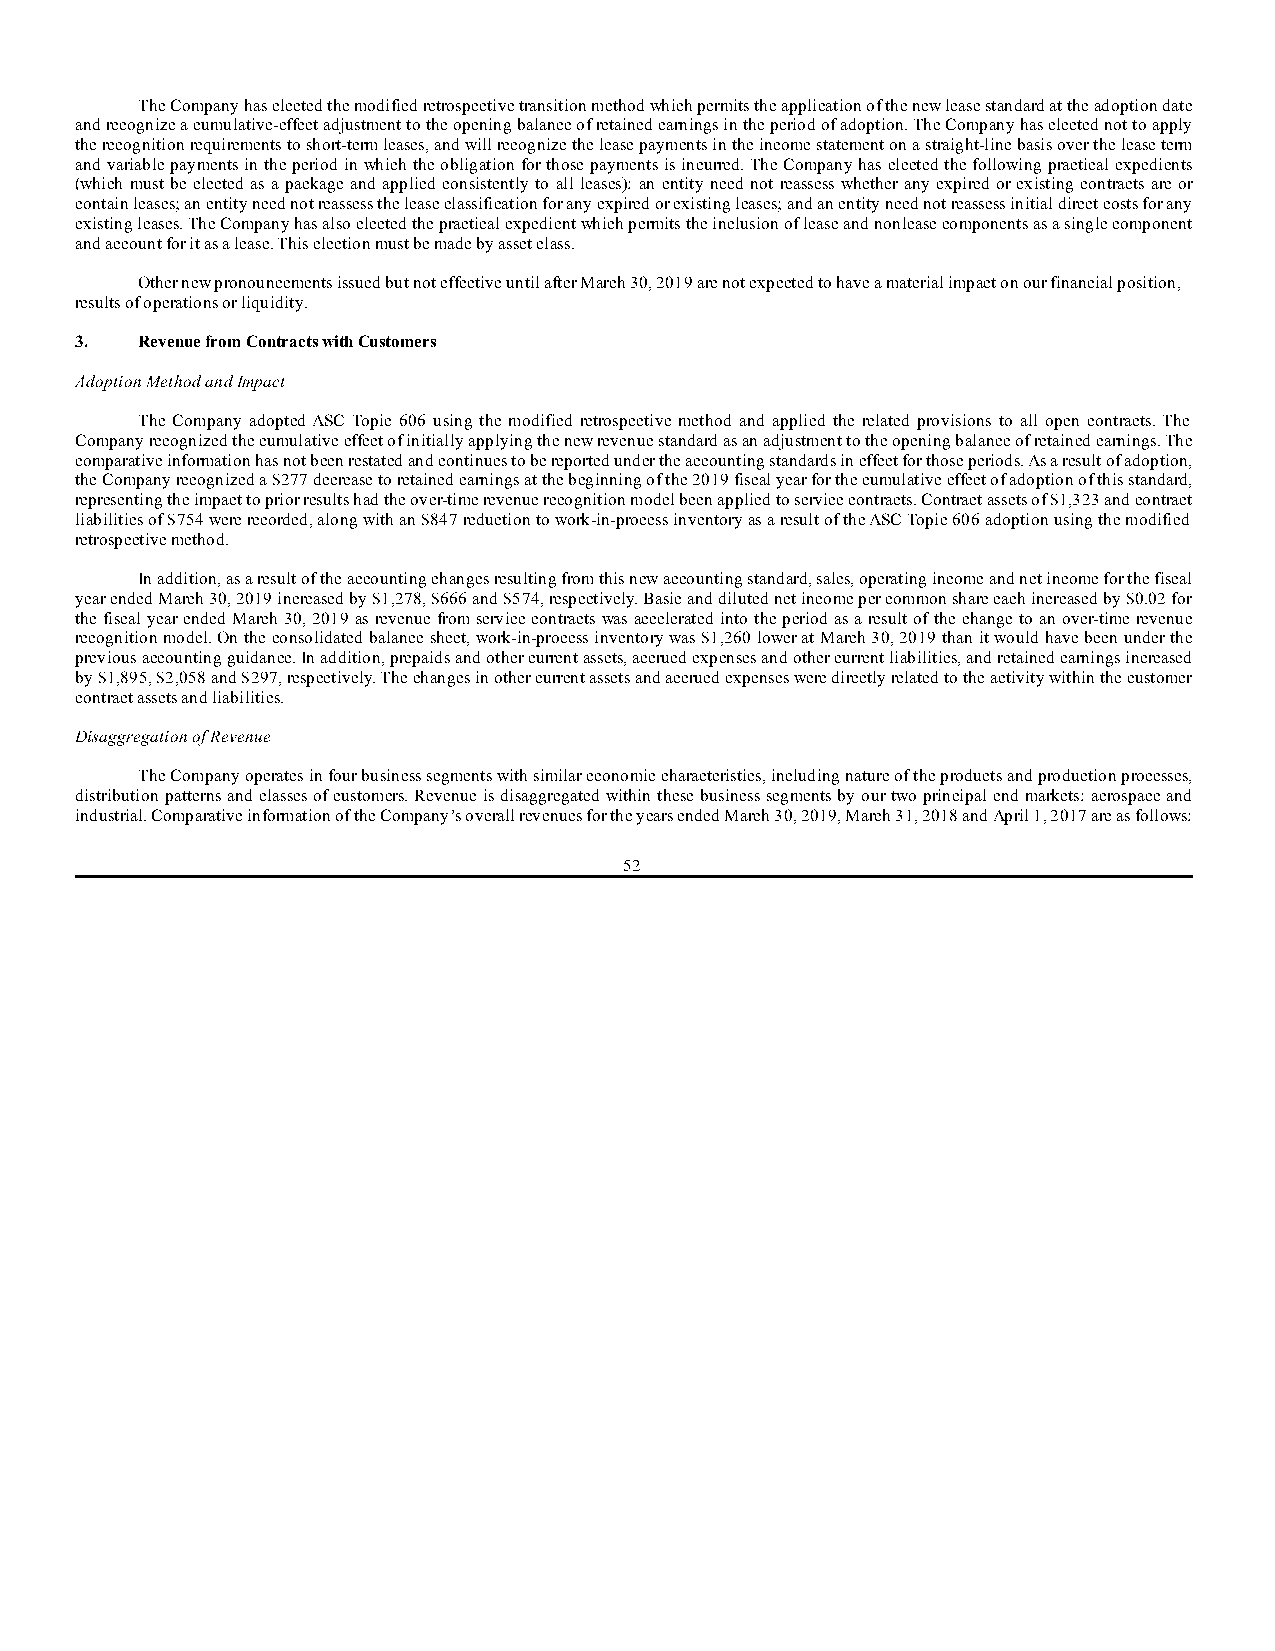
The Company has elected the modified retrospective transition method which permits the application of the new lease standard at the adoption date
 and recognize a cumulative-effect adjustment to the opening balance of retained earnings in the period of adoption. The Company has elected not to apply
 the recognition requirements to short-term leases, and will recognize the lease payments in the income statement on a straight-line basis over the lease term
 and variable payments in the period in which the obligation for those payments is incurred. The Company has elected the following practical expedients
 (which must be elected as a package and applied consistently to all leases): an entity need not reassess whether any expired or existing contracts are or
 contain leases; an entity need not reassess the lease classification for any expired or existing leases; and an entity need not reassess initial direct costs for any
 existing leases. The Company has also elected the practical expedient which permits the inclusion of lease and nonlease components as a single component
 and account for it as a lease. This election must be made by asset class.
 Other new pronouncements issued but not effective until after March 30, 2019 are not expected to have a material impact on our financial position,
 results of operations or liquidity.
 3.  Revenue from Contracts with Customers
 Adoption Method and Impact
 The Company adopted ASC Topic 606 using the modified retrospective method and applied the related provisions to all open contracts. The
 Company recognized the cumulative effect of initially applying the new revenue standard as an adjustment to the opening balance of retained earnings. The
 comparative information has not been restated and continues to be reported under the accounting standards in effect for those periods. As a result of adoption,
 the Company recognized a $277 decrease to retained earnings at the beginning of the 2019 fiscal year for the cumulative effect of adoption of this standard,
 representing the impact to prior results had the over-time revenue recognition model been applied to service contracts. Contract assets of $1,323 and contract
 liabilities of $754 were recorded, along with an $847 reduction to work-in-process inventory as a result of the ASC Topic 606 adoption using the modified
 retrospective method.
 In addition, as a result of the accounting changes resulting from this new accounting standard, sales, operating income and net income for the fiscal
 year ended March 30, 2019 increased by $1,278, $666 and $574, respectively. Basic and diluted net income per common share each increased by $0.02 for
 the fiscal year ended March 30, 2019 as revenue from service contracts was accelerated into the period as a result of the change to an over-time revenue
 recognition model. On the consolidated balance sheet, work-in-process inventory was $1,260 lower at March 30, 2019 than it would have been under the
 previous accounting guidance. In addition, prepaids and other current assets, accrued expenses and other current liabilities, and retained earnings increased
 by $1,895, $2,058 and $297, respectively. The changes in other current assets and accrued expenses were directly related to the activity within the customer
 contract assets and liabilities.
 Disaggregation of Revenue
 The Company operates in four business segments with similar economic characteristics, including nature of the products and production processes,
 distribution patterns and classes of customers. Revenue is disaggregated within these business segments by our two principal end markets: aerospace and
 industrial. Comparative information of the Company’s overall revenues for the years ended March 30, 2019, March 31, 2018 and April 1, 2017 are as follows:
 52